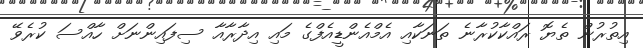
އިތުރުން ތެޔޮ ރައްކާކުރާނެ ތަނަކާއި އެމްއެންޑީއެފްގެ މައި އިދާރާއާ ސިފައިންނަށް ހާއްސަ ކުރެވޭ